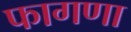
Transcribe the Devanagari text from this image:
फागणा